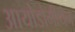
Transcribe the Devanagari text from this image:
आयोडोमीथेन